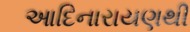
આદિનારાયણથી